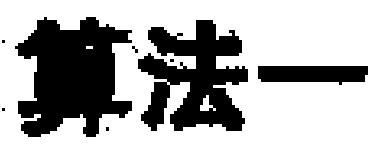
算法一